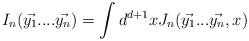
LaTeX: \begin{align*}I_{n}(\vec{y_{1}}....\vec{y_{n}})=\int d^{d+1}xJ_{n}(\vec{y_{1}}...\vec{y_{n}},x)\end{align*}